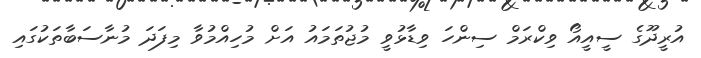
އުރީދޫގެ ސީއީއޯ ވިކްރަމް ސިންހަ ވިޑާޅުވީ މުޖުތަމައު އަށް މުހިއްމުވާ މިފަދަ މުނާސަބާތަކުގައި